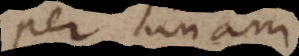
per unam